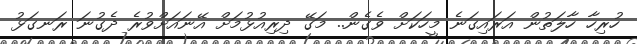
ހުރިހާ ހާލަތުން އަރައިގަނެ މީހަކަށް ވެގެން.. މަގޭ ދިރިއުޅުމަށް އޭނައަށްވުރެ ދެގުނަ ރަނގަޅު